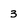
Character: 3